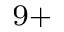
^ { 9 + }